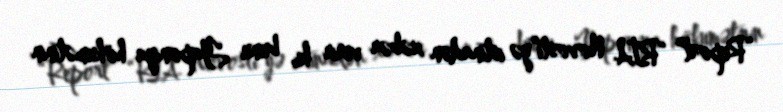
“Report” “RİA Novosti”yə istinadən xəbər verir ki, bunu Yaponiya hökumətinin